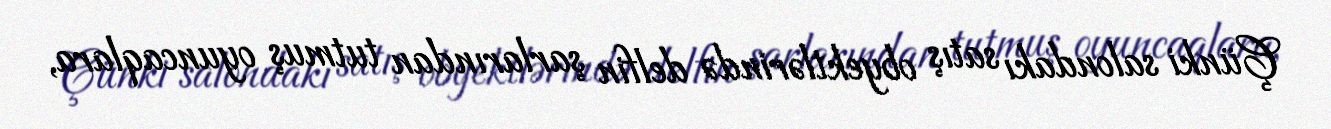
Çünki salondakı satış obyektlərində delfin şarlarından tutmuş oyuncaqlara,